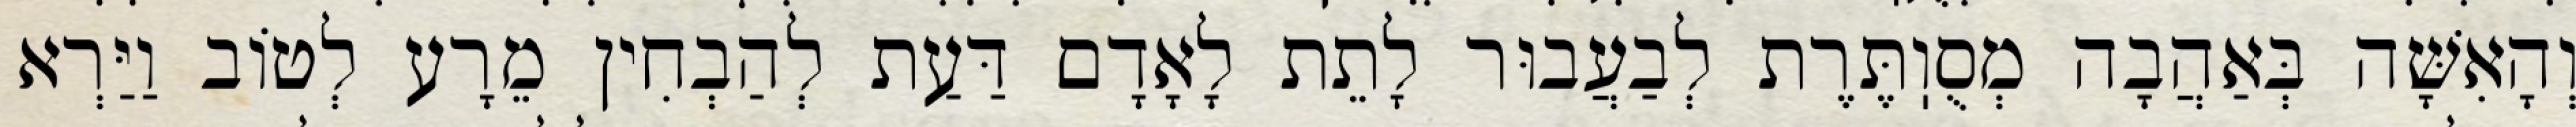
וְהָאִשָּׁה בְּאַהֲבָה מְסֻוֽתֶּרֶת לְבַעֲבוּר לָתֵת לָאָדָם דַּעַת לְהַבְחִין מֵרָע לְטוֹב וַיַּרְא